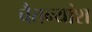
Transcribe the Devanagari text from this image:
चैतन्यांश